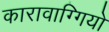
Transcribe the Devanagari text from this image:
कारावाग्गियो